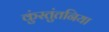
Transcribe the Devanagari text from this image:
कुंस्तुंतनिया